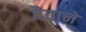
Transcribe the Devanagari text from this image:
दैवानें